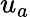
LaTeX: u_{a}